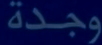
وجدة